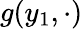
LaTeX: g(y_{1},\cdot)